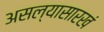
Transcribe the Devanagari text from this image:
असल्यासारखं